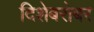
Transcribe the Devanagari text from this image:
दिशेबरोबर